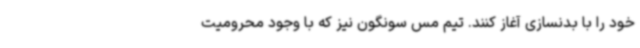
خود را با بدنسازی آغاز کنند. تیم مس سونگون نیز که با وجود محرومیت